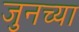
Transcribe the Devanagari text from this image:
जुनच्या